Report on vaccination in Madras 1877-1894 - 1877-1894
Year: 1877
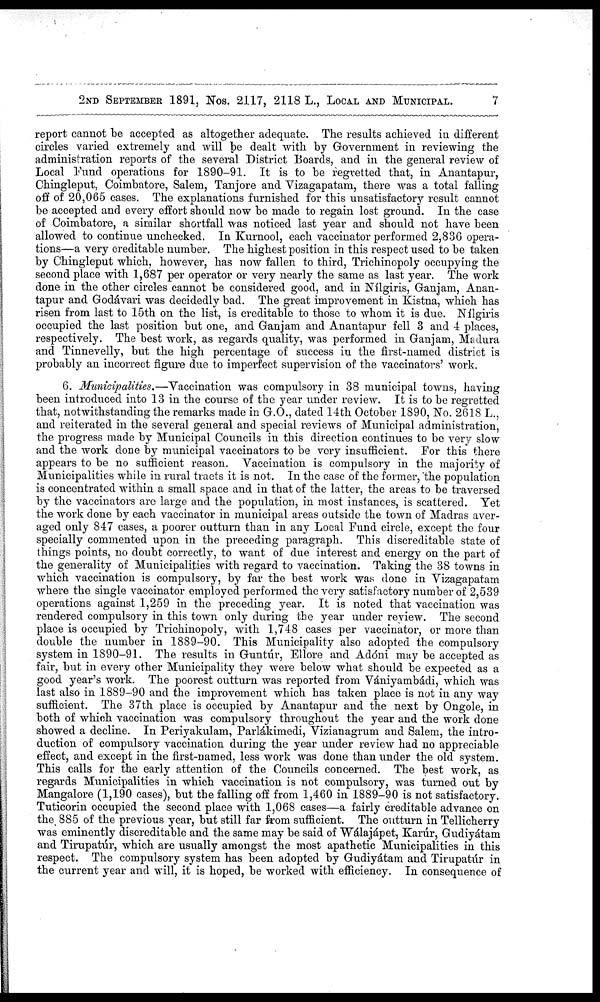
2ND SEPTEMBER 1891, Nos. 2117, 2118 L., LOCAL AND MUNICIPAL.
7
report cannot be accepted as altogether adequate. The results achieved in different
circles varied extremely and will be dealt with by Government in reviewing the
administration reports of the several District Boards, and in the general review of
Local Fund operations for 1890-91. It is to be regretted that, in Anantapur,
Chingleput, Coimbatore, Salem, Tanjore and Vizagapatam, there was a total falling
off of 20,065 cases. The explanations furnished for this unsatisfactory result cannot
be accepted and every effort should now be made to regain lost ground. In the case
of Coimbatore, a similar shortfall was noticed last year and should not have been
allowed to continue unchecked. In Kurnool, each vaccinator performed 2,836 opera-
tions—a very creditable number. The highest position in this respect used to be taken
by Chingleput which, however, has now fallen to third, Trichinopoly occupying the
second place with 1,687 per operator or very nearly the same as last year. The work
done in the other circles cannot be considered good, and in Nílgiris, Ganjam, Anan-
tapur and Godávari was decidedly bad. The great improvement in Kistna, which has
risen from last to 15th on the list, is creditable to those to whom it is due. Nílgiris
occupied the last position but one, and Ganjam and Anantapur fell 3 and 4 places,
respectively. The best work, as regards quality, was performed in Ganjam, Madura
and Tinnevelly, but the high percentage of success in the first-named district is
probably an incorrect figure due to imperfect supervision of the vaccinators' work.
6. Municipalities.—Vaccination was compulsory in 38 municipal towns, having
been introduced into 13 in the course of the year under review. It is to be regretted
that, notwithstanding the remarks made in G.O., dated 14th October 1890, No. 2618 L.,
and reiterated in the several general and special reviews of Municipal administration,
the progress made by Municipal Councils in this direction continues to be very slow
and the work done by municipal vaccinators to be very insufficient. For this there
appears to be no sufficient reason. Vaccination is compulsory in the majority of
Municipalities while in rural tracts it is not. In the case of the former, the population
is concentrated within a small space and in that of the latter, the areas to be traversed
by the vaccinators are large and the population, in most instances, is scattered. Yet
the work done by each vaccinator in municipal areas outside the town of Madras aver-
aged only 847 cases, a poorer outturn than in any Local Fund circle, except the four
specially commented upon in the preceding paragraph. This discreditable state of
things points, no doubt correctly, to want of due interest and energy on the part of
the generality of Municipalities with regard to vaccination. Taking the 38 towns in
which vaccination is compulsory, by far the best work was done in Vizagapatam
where the single vaccinator employed performed the very satisfactory number of 2,539
operations against 1,259 in the preceding year. It is noted that vaccination was
rendered compulsory in this town only during the year under review. The second
place is occupied by Trichinopoly, with 1,748 cases per vaccinator, or more than
double the number in 1889-90. This Municipality also adopted the compulsory
system in 1890-91. The results in Guntúr, Ellore and Adóni may be accepted as
fair, but in every other Municipality they were below what should be expected as a
good year's work. The poorest outturn was reported from Vániyambádi, which was
last also in 1889-90 and the improvement which has taken place is not in any way
sufficient. The 37th place is occupied by Anantapur and the next by Ongole, in
both of which vaccination was compulsory throughout the year and the work done
showed a decline. In Periyakulam, Parlákimedi, Vizianagrum and Salem, the intro-
duction of compulsory vaccination during the year under review had no appreciable
effect, and except in the first-named, less work was done than under the old system.
This calls for the early attention of the Councils concerned. The best work, as
regards Municipalities in which vaccination is not compulsory, was turned out by
Mangalore (1,190 cases), but the falling off from 1,460 in 1889-90 is not satisfactory.
Tuticorin occupied the second place with 1,068 cases—a fairly creditable advance on
the, 885 of the previous year, but still far from sufficient. The outturn in Tellicherry
was eminently discreditable and the same may be said of Walajapet, Karúr, Gudiyátam
and Tirupatúr, which are usually amongst the most apathetic Municipalities in this
respect. The compulsory system has been adopted by Gudiyátam and Tirupatúr in
the current year and will, it is hoped, be worked with efficiency. In consequence of